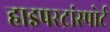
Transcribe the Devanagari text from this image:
हाइपरट्रांस्पोर्ट